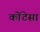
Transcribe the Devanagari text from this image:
कोंटेसा